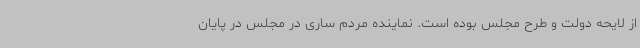
از لایحه دولت و طرح مجلس بوده است. نماینده مردم ساری در مجلس در پایان